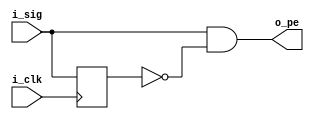
module posedge_detector(
    i_sig,
    i_clk,
    o_pe
);

    input i_sig;
    input i_clk;

    output o_pe;

    reg sig_delayed;

    always @ (posedge i_clk) begin
        sig_delayed <= i_sig;
    end

    assign o_pe = i_sig & ~sig_delayed; 

endmodule